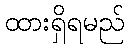
ထားရှိရမည်